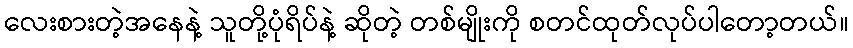
လေးစားတဲ့အနေနဲ့ သူတို့ပုံရိပ်နဲ့ ဆိုတဲ့ တစ်မျိုးကို စတင်ထုတ်လုပ်ပါတော့တယ်။